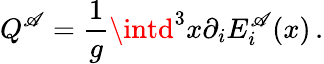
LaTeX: Q^{\mathscr{A}}=\frac{1}{{g}}\intd^{3}x\partial_{i}E_{i}^{\mathscr{A}}(x)\, .